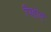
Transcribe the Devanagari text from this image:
पिड़ोएं